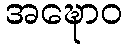
အဍ္ဎောဝ